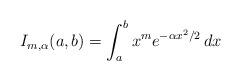
LaTeX: \begin{align*} I_{m, \alpha}(a, b) = \int_a^b x^m e^{-\alpha x^2/2} \, dx\end{align*}